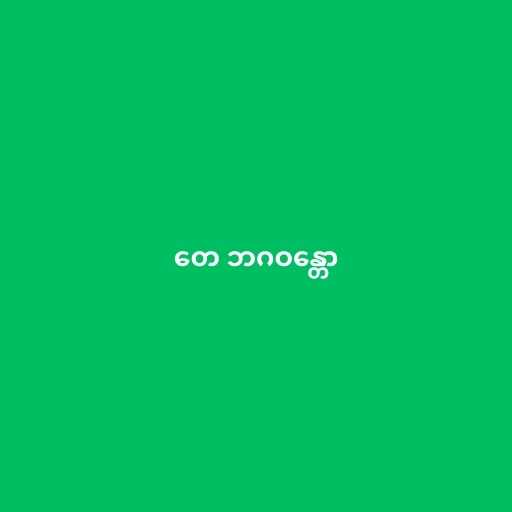
တေ ဘဂဝန္တော